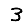
Digit: 3